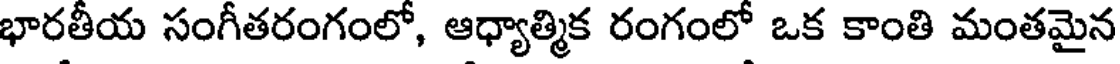
భారతీయ సంగీతరంగంలో, ఆధ్యాత్మిక రంగంలో ఒక కాంతి మంతమైన